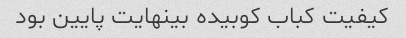
کیفیت کباب کوبیده بینهایت پایین بود